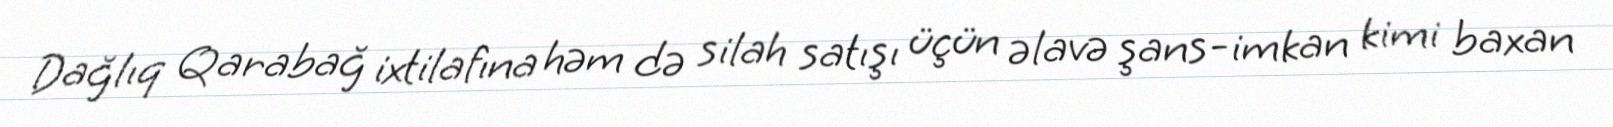
Dağlıq Qarabağ ixtilafına həm də silah satışı üçün əlavə şans-imkan kimi baxan